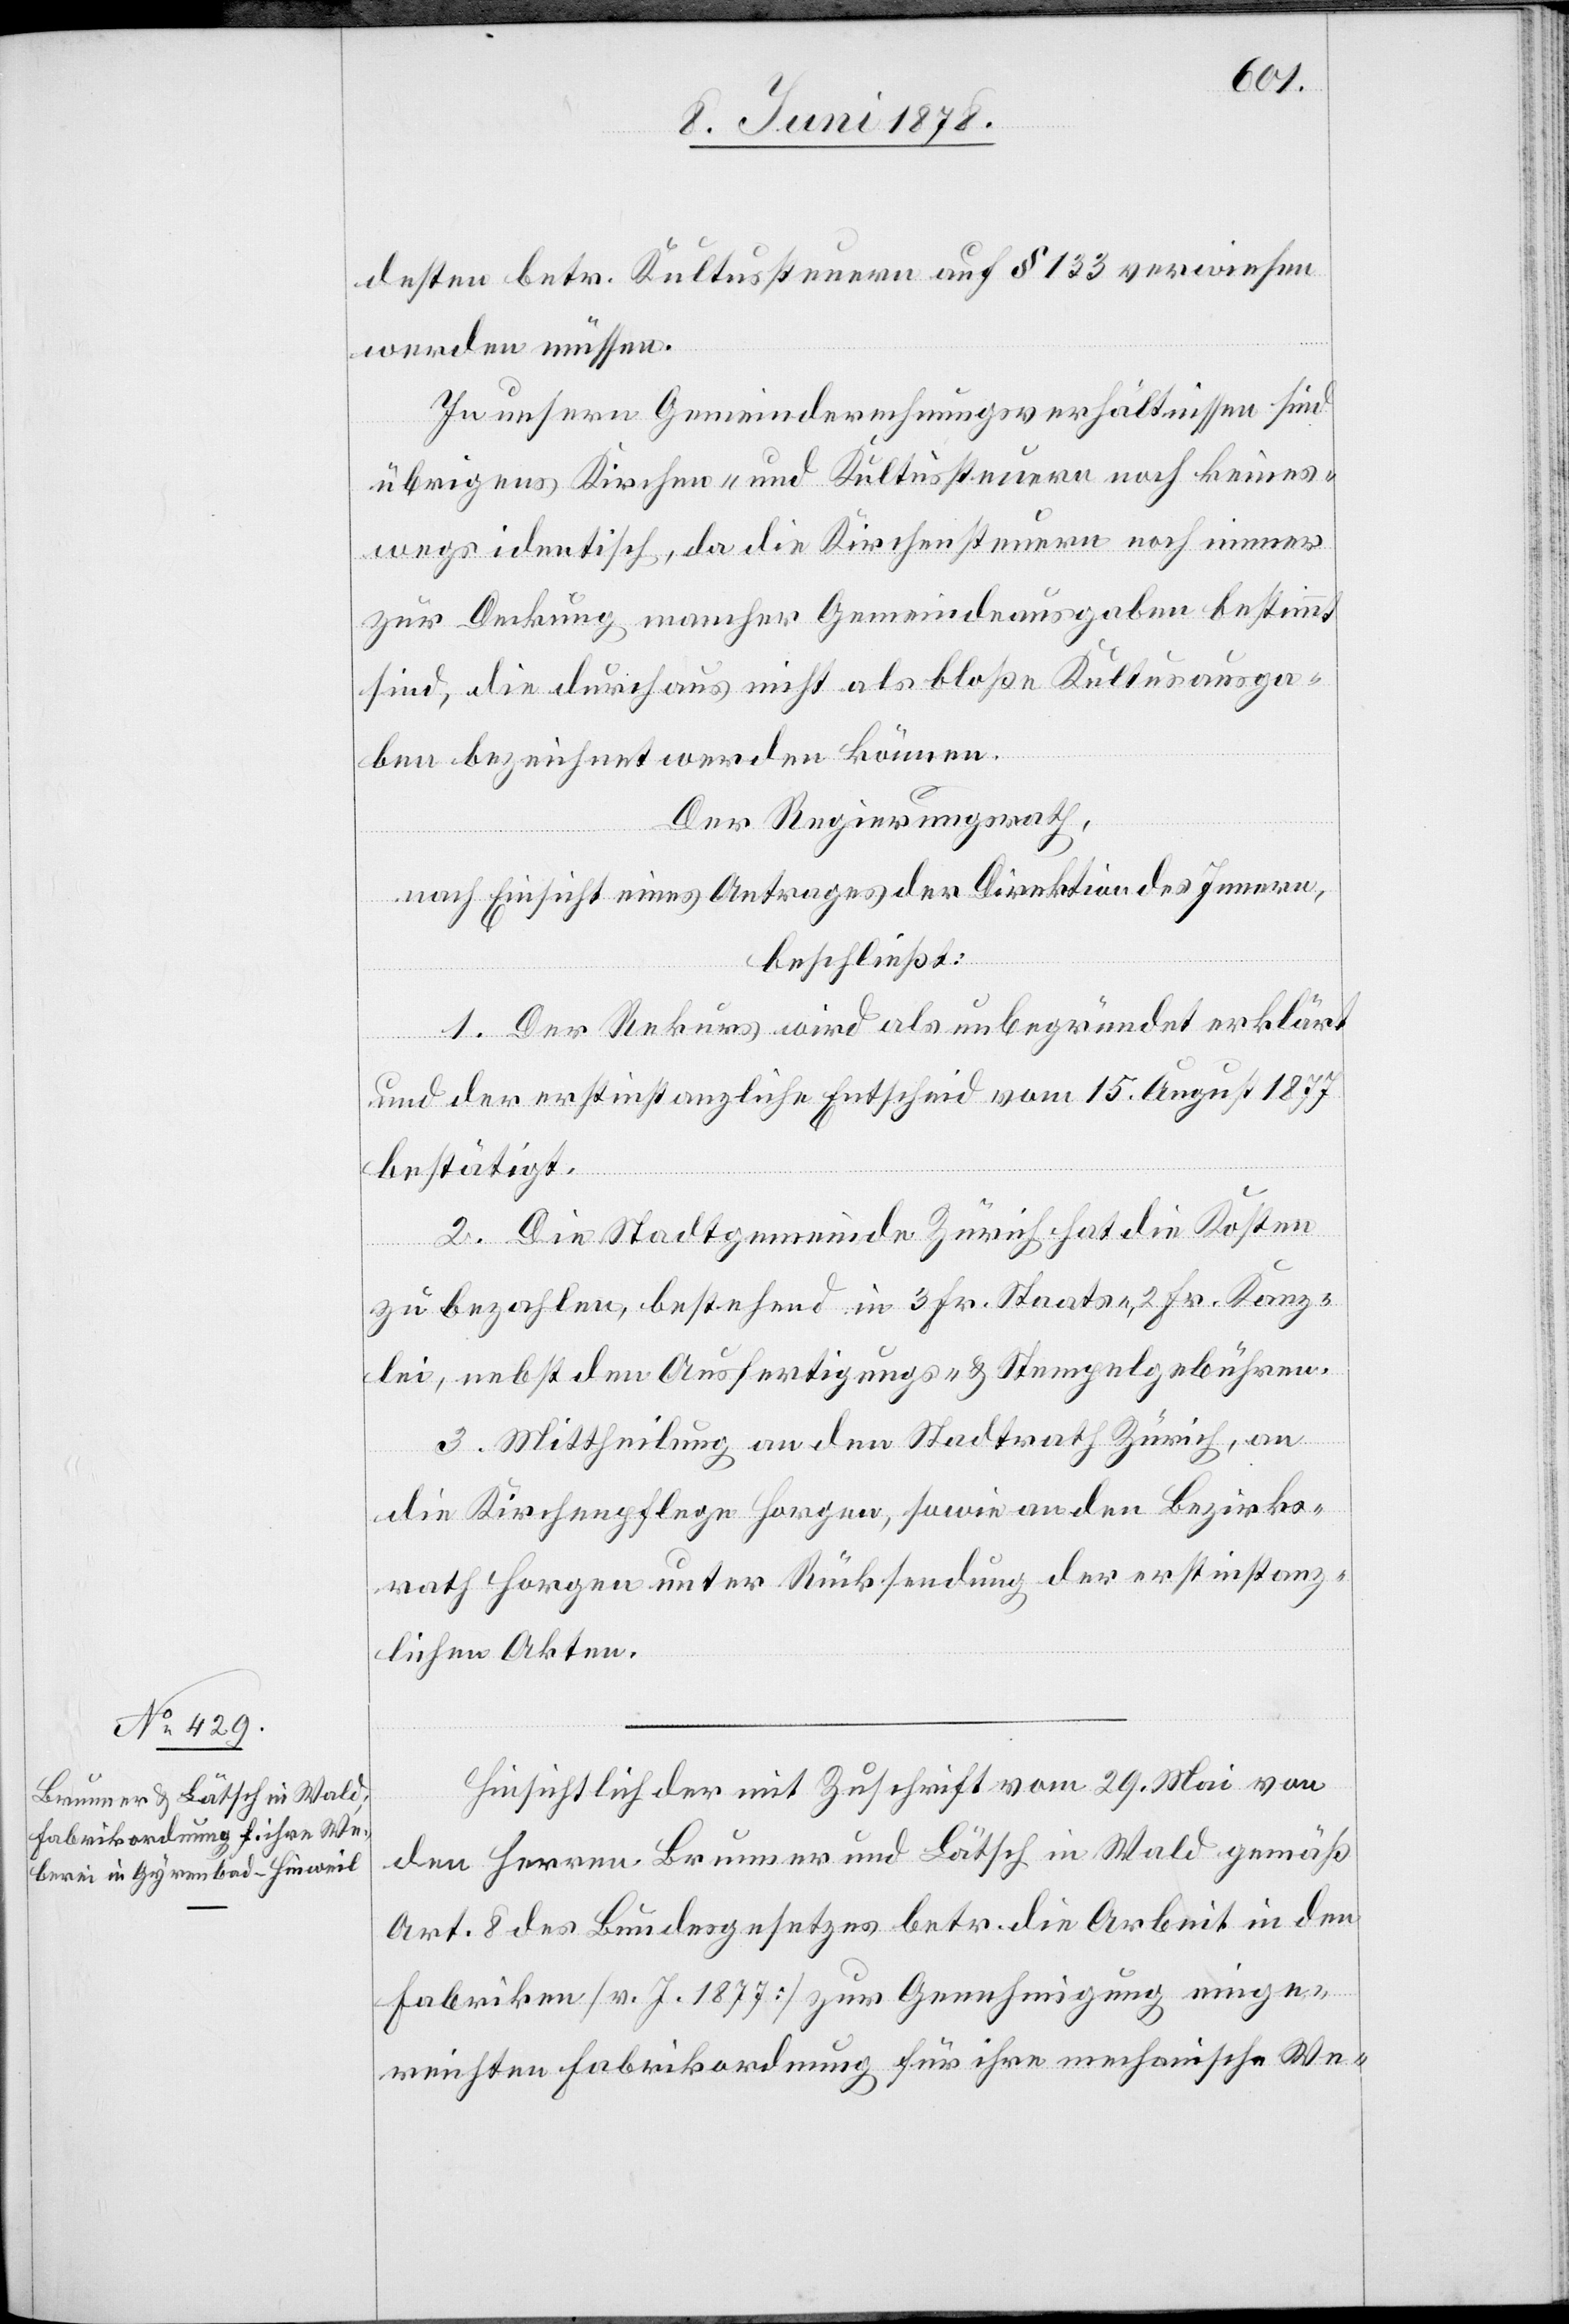
desten betr. Kultussteuern auf § 133 verwiesen
werden müssen.
In unsern Gemeinderechnungsverhältnissen sind
übrigens Kirchen- und Kultussteuern noch keines¬
wegs identisch, da die Kirchensteuern noch einer
zur Deckung mancher Gemeindeausgaben bestimmt
sind, die durchaus nicht als bloße Kultusausga¬
ben bezeichnet werden können.
Der Regierungsrath,
nach Einsicht eines Antrages der Direktion des Innern,
beschließt:
1. Der Rekurs wird als unbegründet erklärt
und der erstinstanzliche Entscheid vom 15. August 1877
bestätigt.
2. Die Stadtgemeinde Zürich hat die Kosten
zu bezahlen, bestehend in 3 Fr. Staats-, 2 Fr. Kanz¬
lei-, nebst den Ausfertigungs- und Stempelgebühren.
3. Mittheilung an den Stadtrath Zürich, an
die Kirchenpflege Horgen, sowie an den Bezirks¬
rath Horgen unter Rücksendung der erstinstanz¬
lichen Akten.
Hinsichtlich der mit Zuschrift vom 29. Mai von
den Herren Brunner und Lätsch in Wald gemäß
Art. 8 des Bundesgesetzes betr. die Arbeit in den
Fabriken [v. J. 1877] zur Genehmigung einge¬
reichten Fabrikordnung für ihre mechanische We-